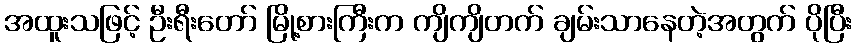
အထူးသဖြင့် ဦးရီးတော် မြို့စားကြီးက ကျိကျိတက် ချမ်းသာနေတဲ့အတွက် ပိုပြီး